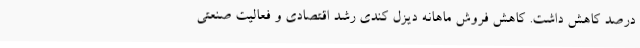
درصد کاهش داشت. کاهش فروش ماهانه دیزل کندی رشد اقتصادی و فعالیت صنعتی